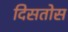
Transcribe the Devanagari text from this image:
दिसतोस